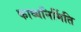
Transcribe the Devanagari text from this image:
काव्यनिर्मिति